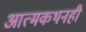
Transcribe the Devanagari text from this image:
आत्मकथनही